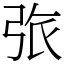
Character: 㢳